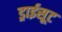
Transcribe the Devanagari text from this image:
ड्राईसूट